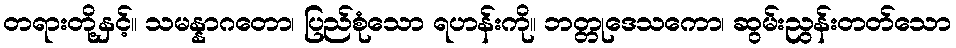
တရားတို့နှင့်။ သမန္နာဂတော၊ ပြည်စုံသော ရဟန်းကို။ ဘတ္တုဒေသကော၊ ဆွမ်းညွန်းတတ်သော